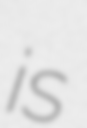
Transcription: is